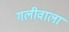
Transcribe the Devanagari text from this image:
गलीवाला